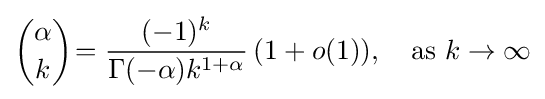
{\alpha  \choose k}\!={\frac {(-1)^{k}}{\Gamma (-\alpha )k^{1+\alpha }}}\,(1+o(1)),\quad {\text{as }}k\to \infty